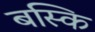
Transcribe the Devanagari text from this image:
बस्कि